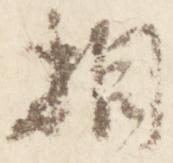
相